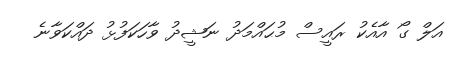
އަލް ގޯ އާއެކު ރައީސް މުޙައްމަދު ނަޝީދު ވާހަކަފުޅު ދައްކަވާނެ